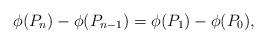
LaTeX: \begin{align*}\phi(P_n)-\phi(P_{n-1}) = \phi(P_1)-\phi(P_0),\end{align*}